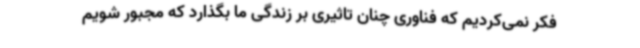
فکر نمی‌کردیم که فناوری چنان تاثیری بر زندگی ما بگذارد که مجبور شویم